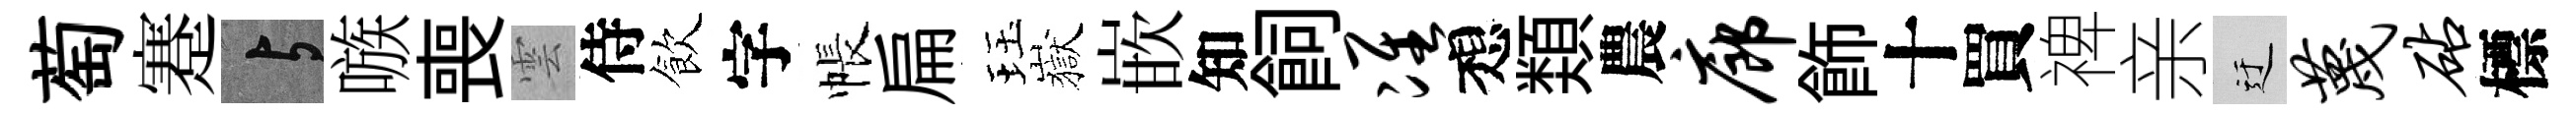
萄蹇与嗾喪雲侍飲字帳扁珏嶽嵌知飼准想𩔖農廊飾十買禆亲迂蔑砧標